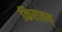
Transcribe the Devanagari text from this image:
किरातम्